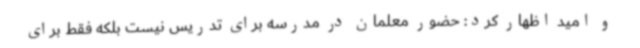
و امید اظهار کرد: حضور معلمان در مدرسه برای تدریس نیست بلکه فقط برای